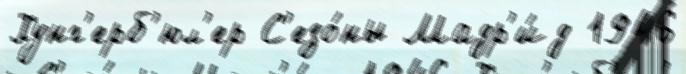
Хунг'ерб'юл'ер С'езо́ны Мадр'и́д 1946